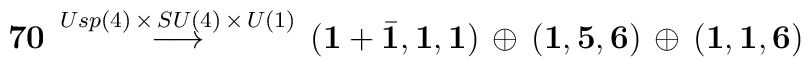
{\bf 70} \, \stackrel{Usp(4) \, \times \, SU(4) \, \times \, U(1)}{\longrightarrow}\, \left( {\bf 1}+{\bar {\bf 1}},{\bf 1},{\bf 1}\right) \, \oplus\, \left( {\bf 1} ,{\bf 5},{\bf 6}\right) \, \oplus \,\left( {\bf 1} ,{\bf 1},{\bf 6}\right)